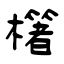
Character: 櫡